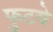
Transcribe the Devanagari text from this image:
फुटवे